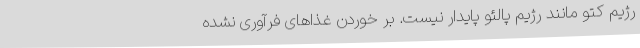
رژیم کتو مانند رژیم پالئو پایدار نیست. بر خوردن غذاهای فرآوری نشده